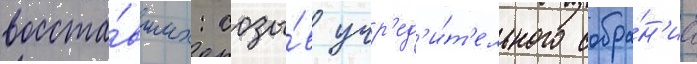
восста́вших: созы́в учр'ед'и́т'ельного собра́н'иа